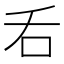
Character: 𠮮